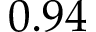
0 . 9 4